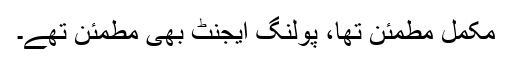
مکمل مطمئن تھا، پولنگ ایجنٹ بھی مطمئن تھے۔